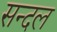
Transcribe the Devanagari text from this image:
सन्दल